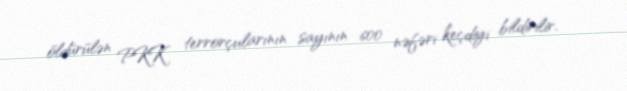
öldürülən PKK terrorçularının sayının 600 nəfəri keçdiyi bildirilir.